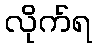
လိုက်ရ